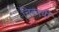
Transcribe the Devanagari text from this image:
चित्रत्रयी